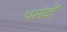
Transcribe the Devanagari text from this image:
पसंदों